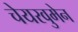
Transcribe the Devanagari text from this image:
चेयरवुमेन